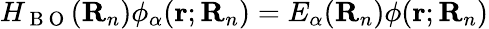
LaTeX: H_{\mathrm{~B~O~}}(\mathbf R_{n})\phi_{\alpha}(\mathbf r;\mathbf R_{n})=E_{\alpha}(\mathbf R_{n})\phi(\mathbf r;\mathbf R_{n})